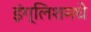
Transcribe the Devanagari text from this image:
इंग्लिशमधे